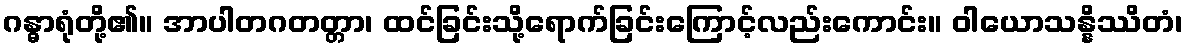
ဂန္ဓာရုံတို့၏။ အာပါတဂတတ္တာ၊ ထင်ခြင်းသို့ရောက်ခြင်းကြောင့်လည်းကောင်း။ ဝါယောသန္နိဿိတံ၊